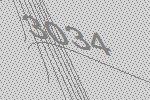
3034